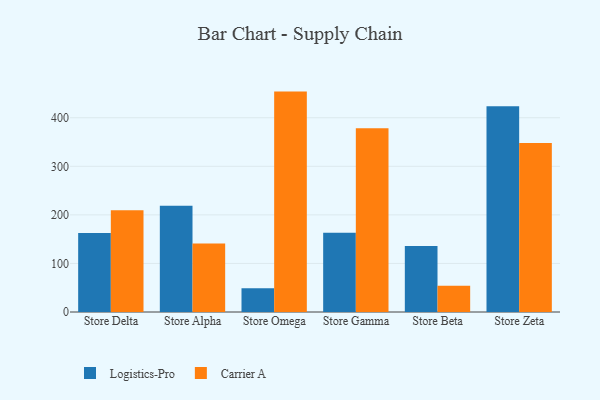
{"axis": {"x": "Store", "y": "Latency (ms)"}, "legend": ["Carrier A", "Logistics-Pro"], "data": [{"x": "Store Delta", "y": 162.8, "type": "Logistics-Pro"}, {"x": "Store Delta", "y": 209.5, "type": "Carrier A"}, {"x": "Store Alpha", "y": 218.6, "type": "Logistics-Pro"}, {"x": "Store Alpha", "y": 141.1, "type": "Carrier A"}, {"x": "Store Omega", "y": 48.9, "type": "Logistics-Pro"}, {"x": "Store Omega", "y": 453.8, "type": "Carrier A"}, {"x": "Store Gamma", "y": 163.0, "type": "Logistics-Pro"}, {"x": "Store Gamma", "y": 378.5, "type": "Carrier A"}, {"x": "Store Beta", "y": 135.8, "type": "Logistics-Pro"}, {"x": "Store Beta", "y": 53.9, "type": "Carrier A"}, {"x": "Store Zeta", "y": 423.4, "type": "Logistics-Pro"}, {"x": "Store Zeta", "y": 348.0, "type": "Carrier A"}]}